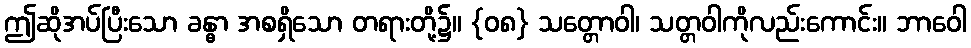
ဤဆိုအပ်ပြီးသော ခန္ဓာ အစရှိသော တရားတို့၌။ {၀၈} သတ္တောဝါ၊ သတ္တဝါကိုလည်းကောင်း။ ဘာဝေါ